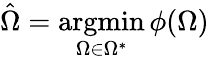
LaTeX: \hat{{\Omega}}=\operatorname*{argmin}_{{\Omega}\in{\Omega^{*}}}\phi({\Omega})